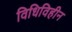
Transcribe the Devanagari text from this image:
विधिविहीन